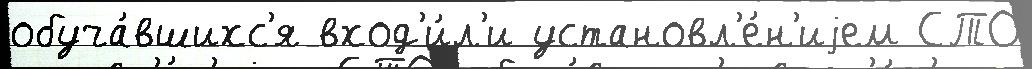
обуча́вшихс'я вход'и́л'и установл'е́н'иjем СТО